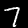
Label: 7